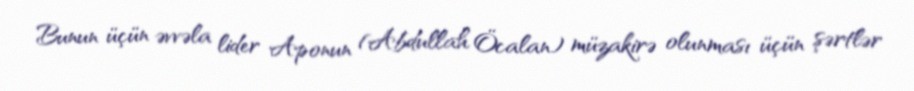
Bunun üçün əvvəla lider Aponun (Abdullah Öcalan) müzakirə olunması üçün şərtlər